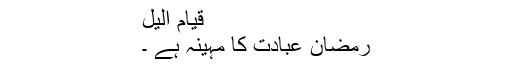
 قیام الیل
رمضان عبادت کا مہینہ ہے ۔